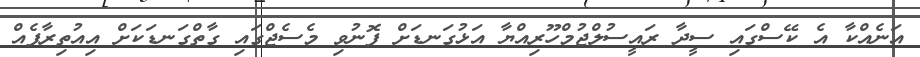
އަނެއްކާ އެ ކޭސްގައި ސީދާ ރައީސުލްޖުމްހޫރިއްޔާ އަޅުގަނޑަށް ފޮނުވި މެސެޖްގައި ގާތްގަނޑަކަށް އިއުތިރާފެއް